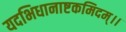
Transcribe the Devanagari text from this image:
यदभिधानाष्टकमिदम्।।